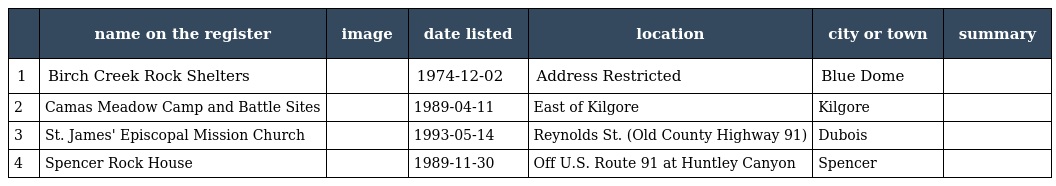
|  | name on the register | image | date listed | location | city or town | summary |
 | --- | --- | --- | --- | --- | --- | --- |
 | 1 | Birch Creek Rock Shelters |  | 1974-12-02 | Address Restricted | Blue Dome |  |
 | 2 | Camas Meadow Camp and Battle Sites |  | 1989-04-11 | East of Kilgore | Kilgore |  |
 | 3 | St. James' Episcopal Mission Church |  | 1993-05-14 | Reynolds St. (Old County Highway 91) | Dubois |  |
 | 4 | Spencer Rock House |  | 1989-11-30 | Off U.S. Route 91 at Huntley Canyon | Spencer |  |